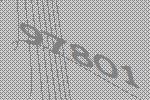
97801